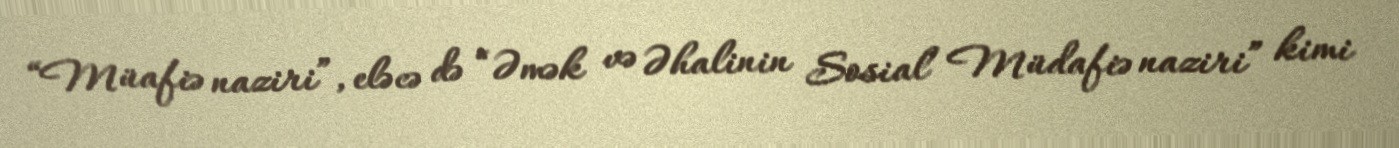
“Müafiə naziri”, eləcə də “Əmək və Əhalinin Sosial Müdafiə naziri” kimi